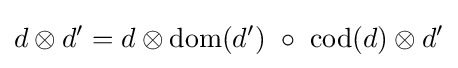
d\otimes d'=d\otimes {\text{dom}}(d')\ \circ \ {\text{cod}}(d)\otimes d'